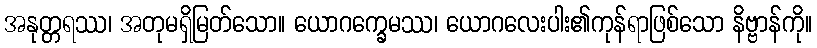
အနုတ္တရဿ၊ အတုမရှိမြတ်သော။ ယောဂက္ခေမဿ၊ ယောဂလေးပါး၏ကုန်ရာဖြစ်သော နိဗ္ဗာန်ကို။